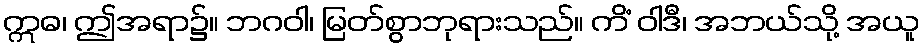
ဣဓ၊ ဤအရာ၌။ ဘဂဝါ၊ မြတ်စွာဘုရားသည်။ ကိံ ဝါဒီ၊ အဘယ်သို့ အယူ